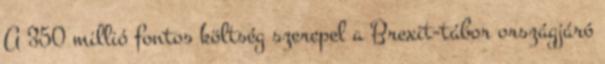
A 350 millió fontos költség szerepel a Brexit-tábor országjáró